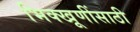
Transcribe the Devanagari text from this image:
भिक्खूणींसाठी